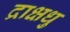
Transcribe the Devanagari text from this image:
द्राक्षधु